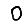
Digit: 0